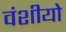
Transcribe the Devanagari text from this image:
वंशीयो